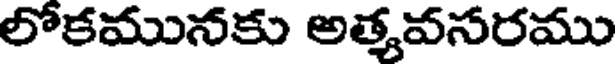
లోకమునకు అత్మవసరము